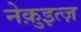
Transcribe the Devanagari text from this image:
नेक़ुइत्ज़